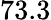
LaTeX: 73.3